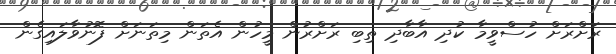
ރަށްރަށް ހުސްވީމާ ކުދި އާބާދި ތިބި ރަށްރުން މީހުން އެތަން މިތަނަށް ފޮނުވާލައިގެން